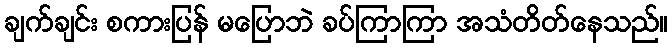
ချက်ချင်း စကားပြန် မပြောဘဲ ခပ်ကြာကြာ အသံတိတ်နေသည်။